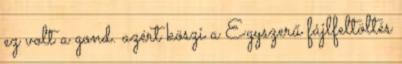
ez volt a gond. azért köszi a Egyszerű fájlfeltöltés